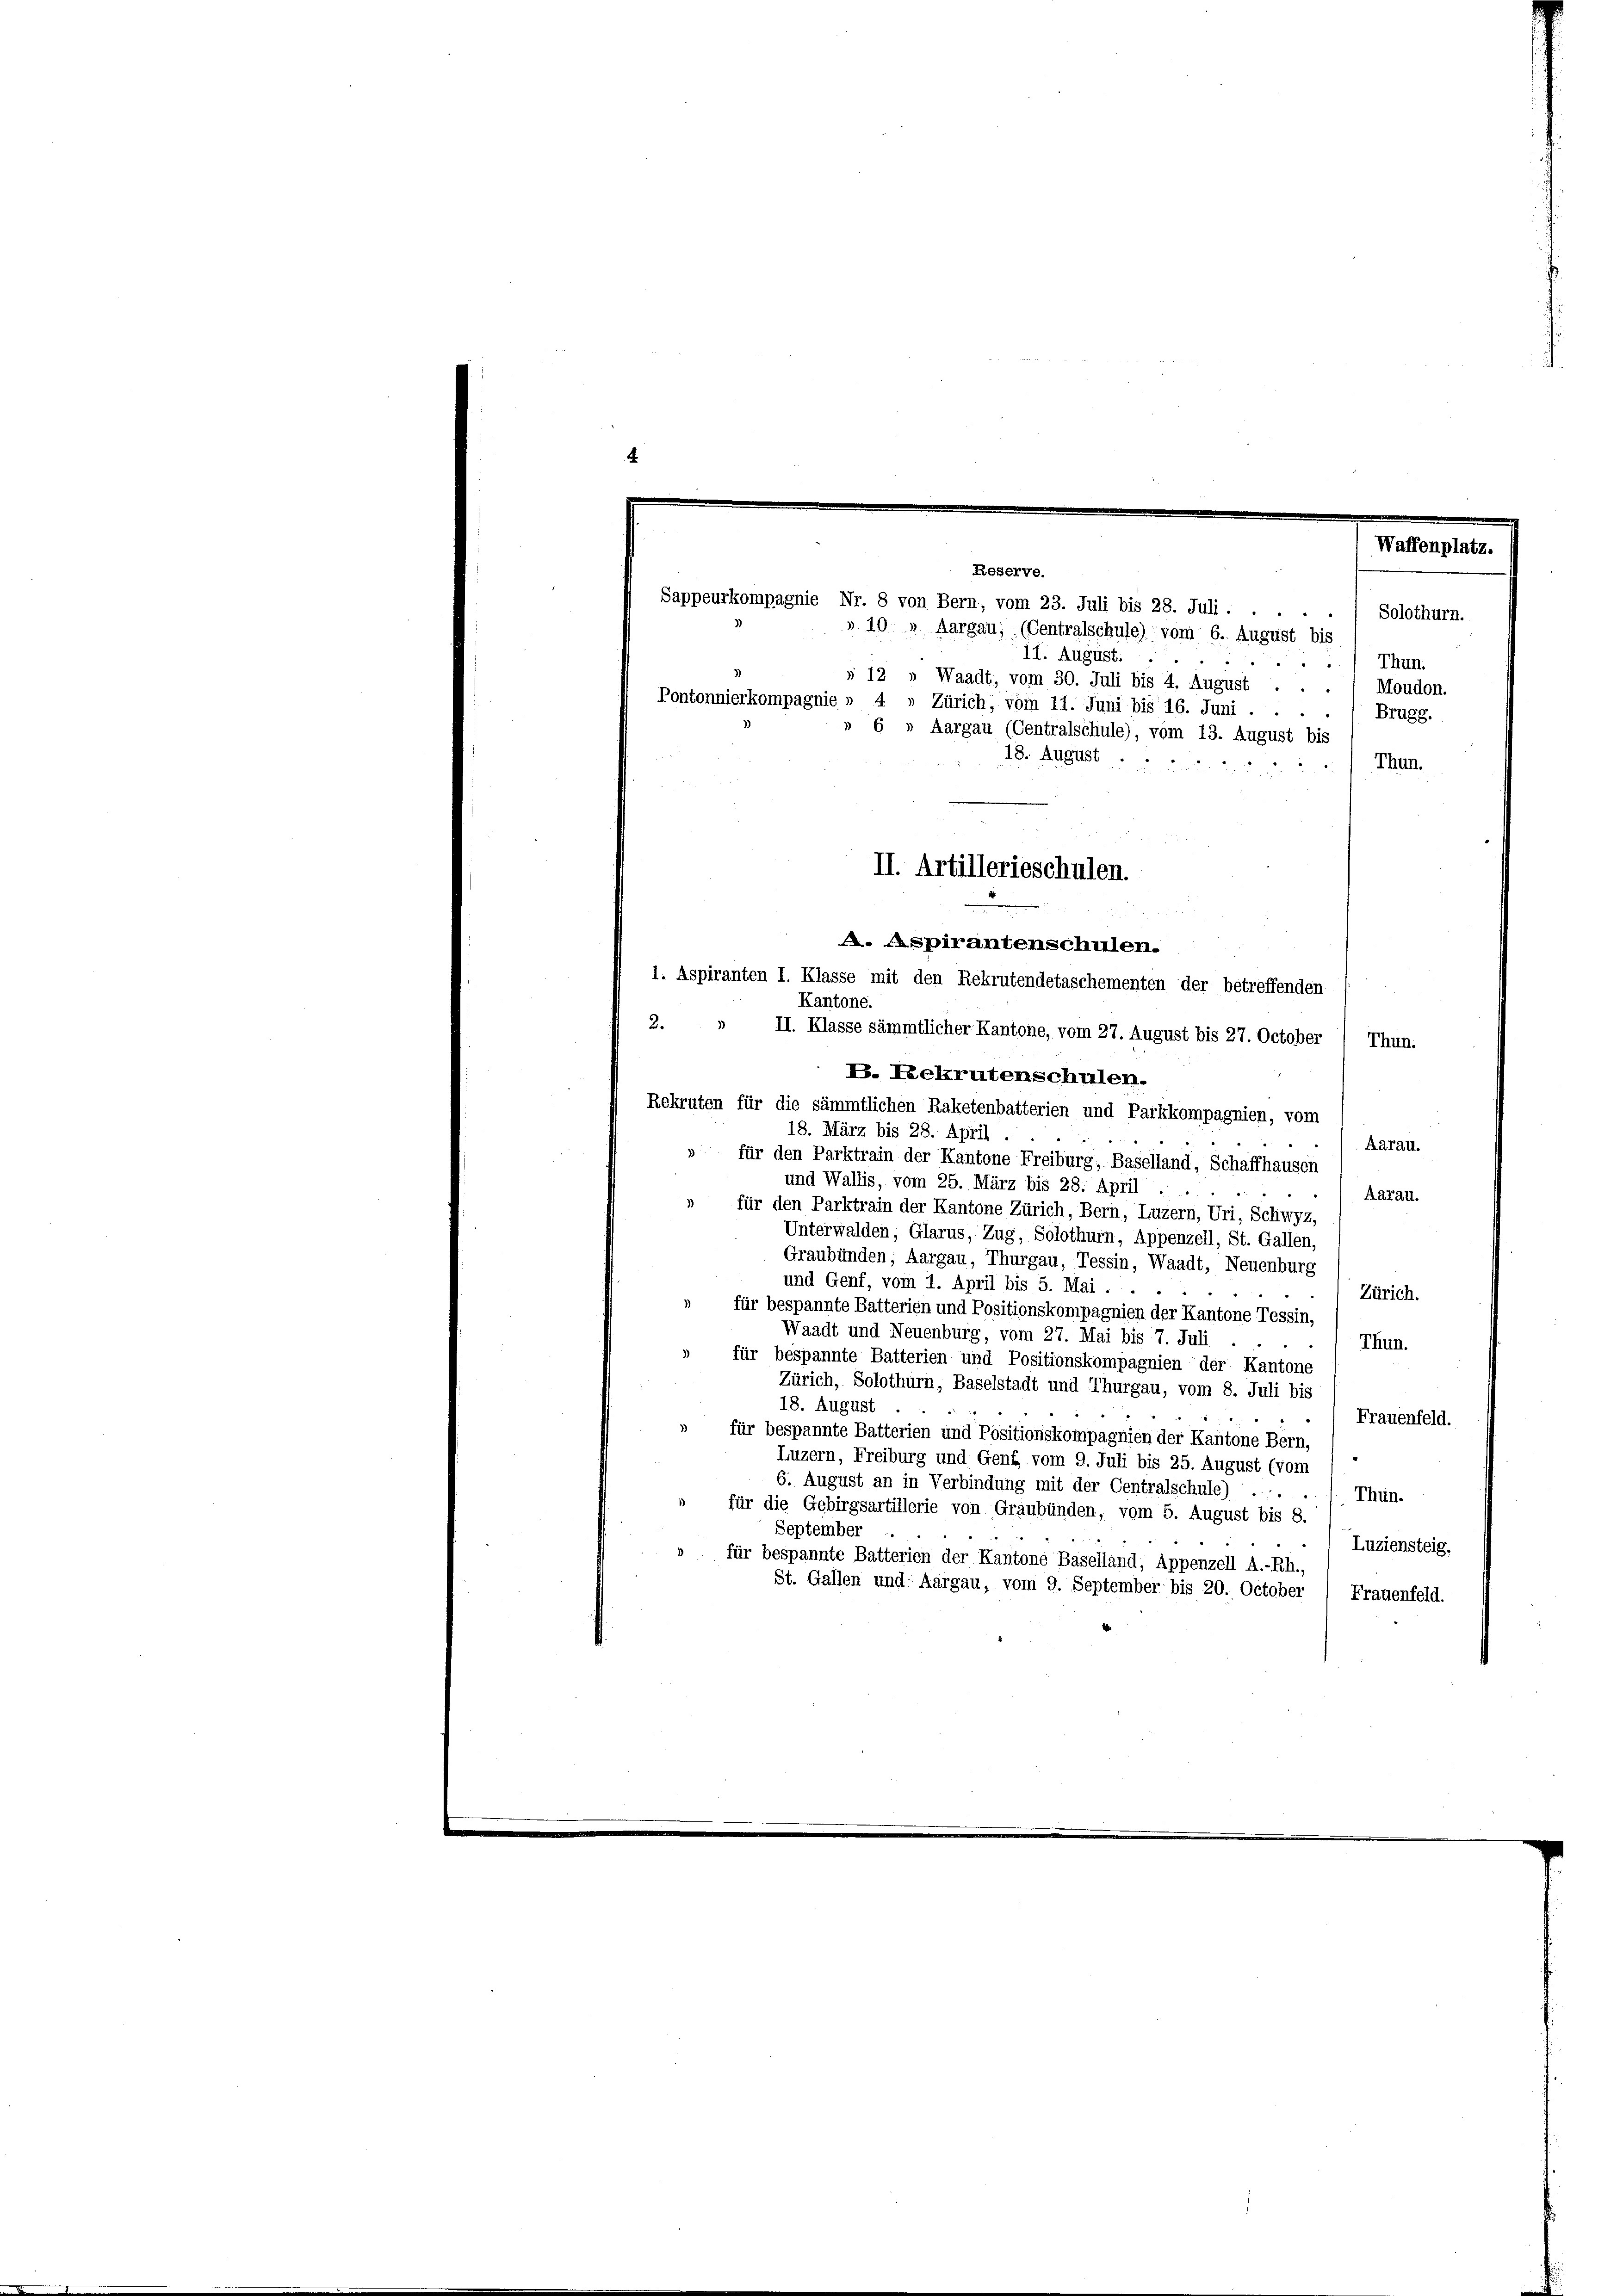
.
Waffenplatz.
Reserve.

Sappeurkompagnie Nr. 8 von Bern, vom 23. Juli bis 28. Juli.

Solothurn.

Thun.
Brugg.
Thun.
e
A. Aspirantenschulen.
1. Aspiranten I. Klasse mit den Rekrutendetaschementen der betreffenden
Kantone.
2
II. Klasse sämmtlicher Kantone, vom 27. August bis 27. October / Thun.
B. Rekrutenschulen.
Rekruten für die sämmtlichen Raketenbatterien und Parkkompagnien, vom
18. März bis 28. April .
Aarau.
für den Parktrain der Kantone Freiburg, Baselland, Schaffhausen
und Wallis, vom 25. März bis 28. April
Aarau.
» für den Parktrain der Kantone Zürich, Bern, Luzern, Uri, Schwyz,
Unterwalden, Glarus, Zug, Solothurn, Appenzell, St. Gallen,
Graubünden, Aargau, Thurgau, Tessin, Waadt, Neuenburg
und Genf, vom 1. April bis 5. Mai.
Zürich.
für bespannte Batterien und Positionskompagnien der Kantone Tessin,
Waadt und Neuenburg, vom 27. Mai bis 7. Juli
Thun.
für bespannte Batterien und Positionskompagnien der Kantone
Zürich, Solothurn, Baselstadt und Thurgau, vom 8. Juli bis
18. August
Frauenfeld.
» für bespannte Batterien und Positionskompagnien der Kantone Bern,
Luzern, Freiburg und Genf vom 9. Juli bis 25. August (vom
6. August an in Verbindung mit der Centralschule) ....
Thun.
für die Gebirgsartillerie von Graubünden, vom 5. August bis 8.
September
Luziensteig.
für bespannte Batterien der Kantone Baselland, Appenzell A.-Rh.,
St. Gallen und Aargau, vom 9. September bis 20. October / Frauenfeld.

» 10 » Aargau; (Centralschule) vom 6. August bis
11. August.
s 12 » Waadt, vom 30. Juli bis 4. August . . . 1 Moudon.
Pontonnierkompagnie » 4 » Zürich, vom 11. Juni bis 16. Juni .
» 6 » Aargau (Centralschule), vom 13. August bis
18. August.

II. Artillerieschulen.